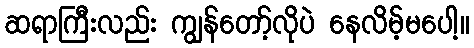
ဆရာကြီးလည်း ကျွန်တော့်လိုပဲ နေလိမ့်မပေါ့။